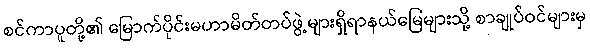
စင်ကာပူတို့၏ မြောက်ပိုင်းမဟာမိတ်တပ်ဖွဲ့များရှိရာနယ်မြေများသို့ စာချုပ်ဝင်များမှ